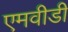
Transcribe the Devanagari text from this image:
एमवीडी